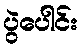
ပွဲပေါင်း